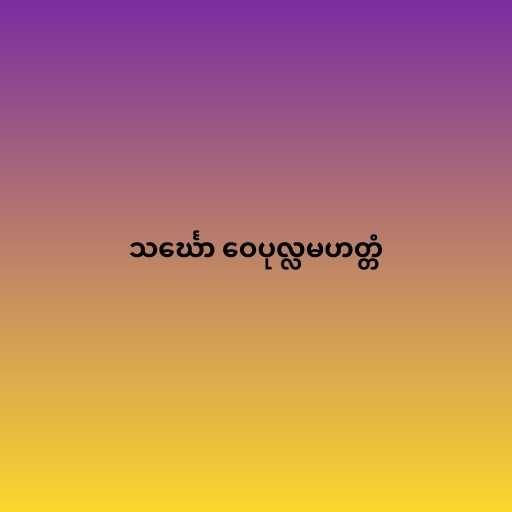
သင်္ဃော ဝေပုလ္လမဟတ္တံ